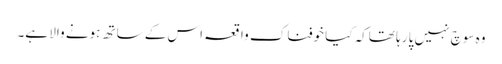
وہ سوچ نہیں پا رہا تھاکہ کیا خوفناک واقعہ اس کے ساتھ ہونے والا ہے۔